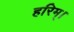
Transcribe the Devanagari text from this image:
हरिम्।